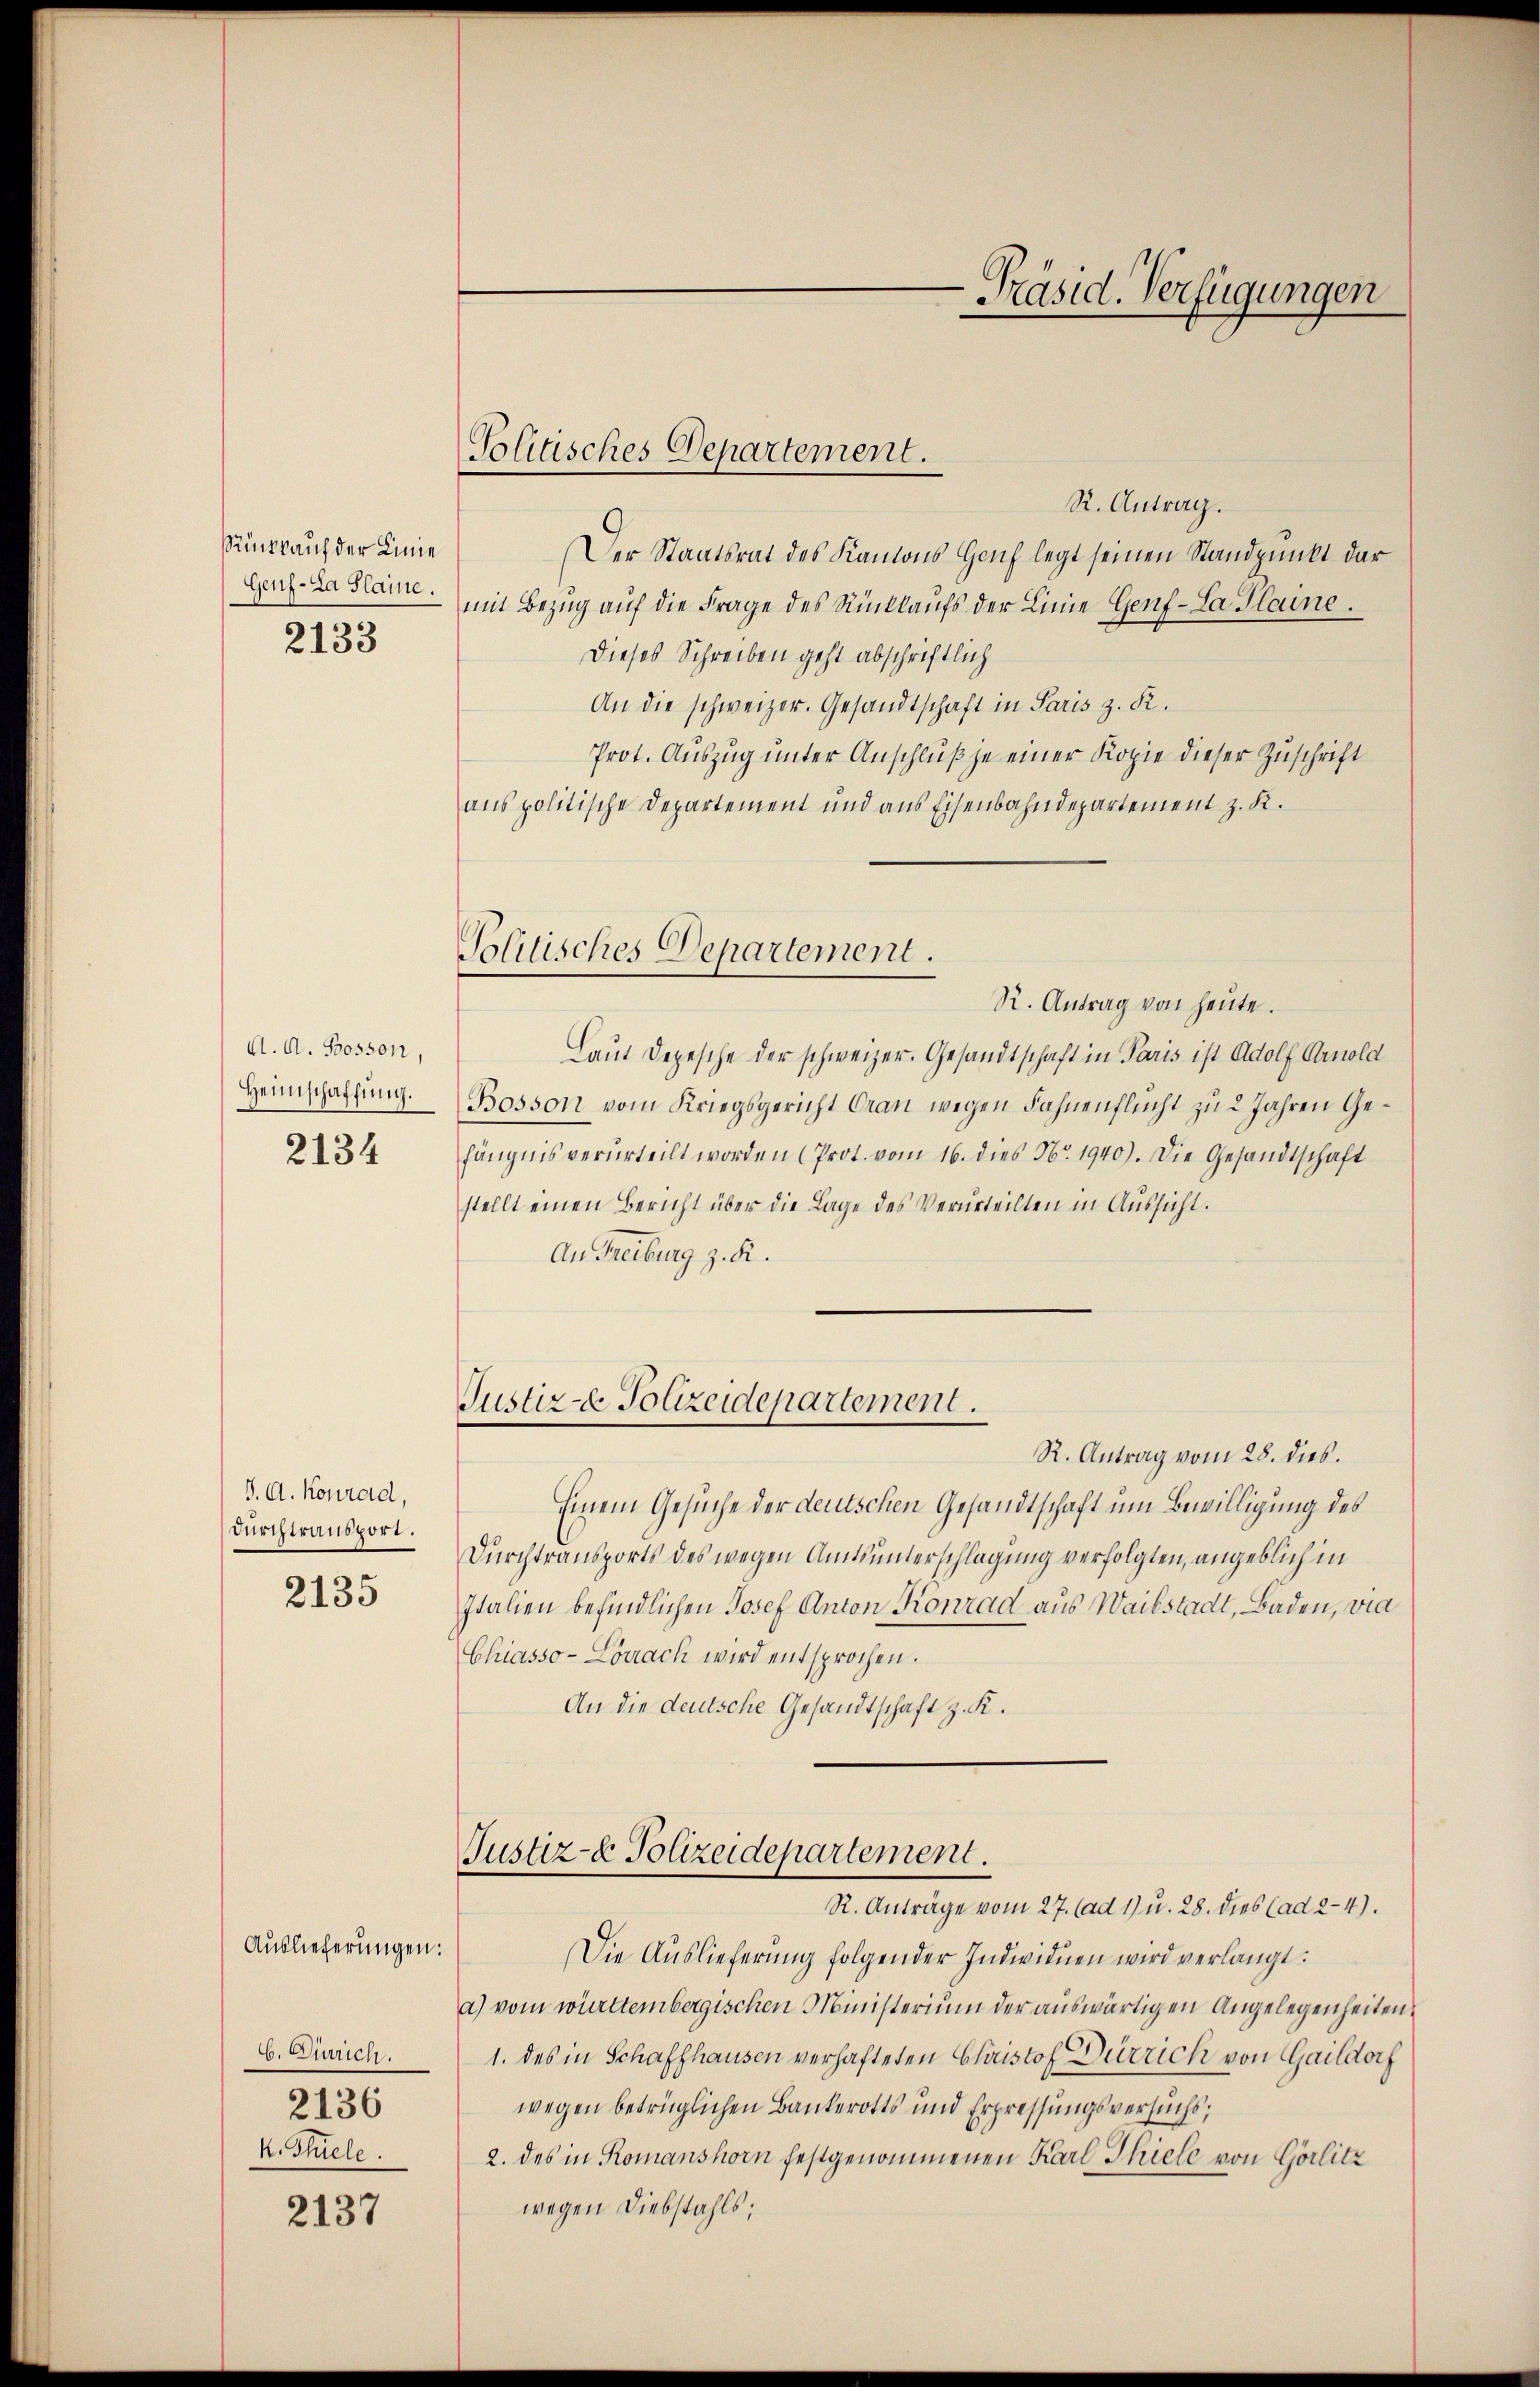
Rkkauf der Linie
Genf-La Plaine.
2133

A. A. Bosson,
Heimschaffung.
2134

J. A. Konrad,
Durchtransport.
2135

C. Derrich.
2136
k. Stiele.

Auslieferungen:

2137

Politisches Departement.

Politisches Departement.

R. Antrag.
Der Staatsrat des Kantons Genf legt seinen Standpunkt darmit Bezug auf die Frage des Rückkaufs der Linie Genf-Sa Plaine.
Dieses Schreiben geht abschriftlich
An die schweizer. Gesandtschaft in Paris z. R.
Prot. Auszug unter Anschluß zu einer Kopie dieser Zuschrift
aus politische Departement und aus Eisenbahndepartement z. K.
R. Antrag von heute.
Laut Depesche der schweizer. Gesandtschaft in Paris ist Adolf Arnold
Bosson vom Kriegsgericht Gran wegen Fahnenflucht zu 2 Jahren Gefängnis verurteilt worden (Prot. vom 16. dies No. 1940). Die Gesandtschaft
stellt einen Bericht über die Lage des Verurteilten in Aussicht.
An Freiburg z. R.
Justiz- & Polizeidepartement.
R. Antrag vom 28. dies.
Einem Gesuche der deutschen Gesandtschaft um Bewilligung des
Durchtransports des wegen Amtsunterschlagung verfolgten, angeblich in
Italien befindlichen Josef Anton Konrad aus Wailstadt, Baden, vie
Chiasso- Lörrach wird entsprochen.
An die deutsche Gesandtschaft z. K.

Justiz- & Polizeidepartement.
R. Anträge vom 27. (ad 1) u. 28. dies (ad 2-4).

Die Auslieferung folgender Individuen wird verlangt:
a) vom württembergischen Ministerium der auswärtigen Angelegenheiten,
1. des in Schaffhausen verhafteten Chaistof Dürrich von Gaildorf
wegen betrüglichen Bankerotts und Erpressungsversuchs,
2. des in Romanshorn festgenommenen Karl Thiele von Görlitz
wegen Diebstahls;

Präsid. Verfügungen